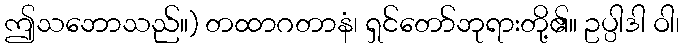
ဤသဘောသည်။) တထာဂတာနံ၊ ရှင်တော်ဘုရားတို့၏။ ဥပ္ပါဒါ ဝါ၊